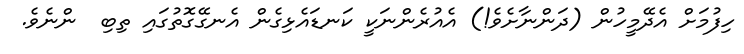
ހިފުމަށް އެދޭމީހުން (ދަންނާށެވެ!) އެއުރެންނަކީ ކަނޑައެޅިގެން އެނގޭގޮތުގައި ތިބި  ންނެވެ.